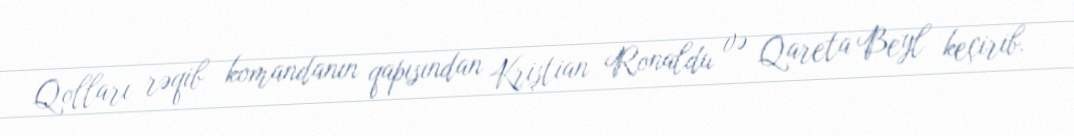
Qolları rəqib komandanın qapısından Kriştian Ronaldu və Qareta Beyl keçirib.